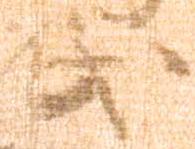
氏